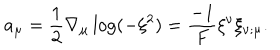
a _ { \mu } = \frac { 1 } { 2 } \nabla _ { \mu } \log ( - \xi ^ { 2 } ) = \frac { - 1 } { F } \xi ^ { \nu } \xi _ { \nu ; \mu } .